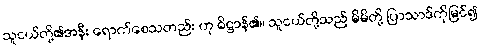
သူငယ်တို့၏အနီး ရောက်စေသတည်း ဟု ဓိဋ္ဌာန်၏။ သူငယ်တို့သည် မိမိတို့ ပြာသာဒ်ကိုမြင်၍